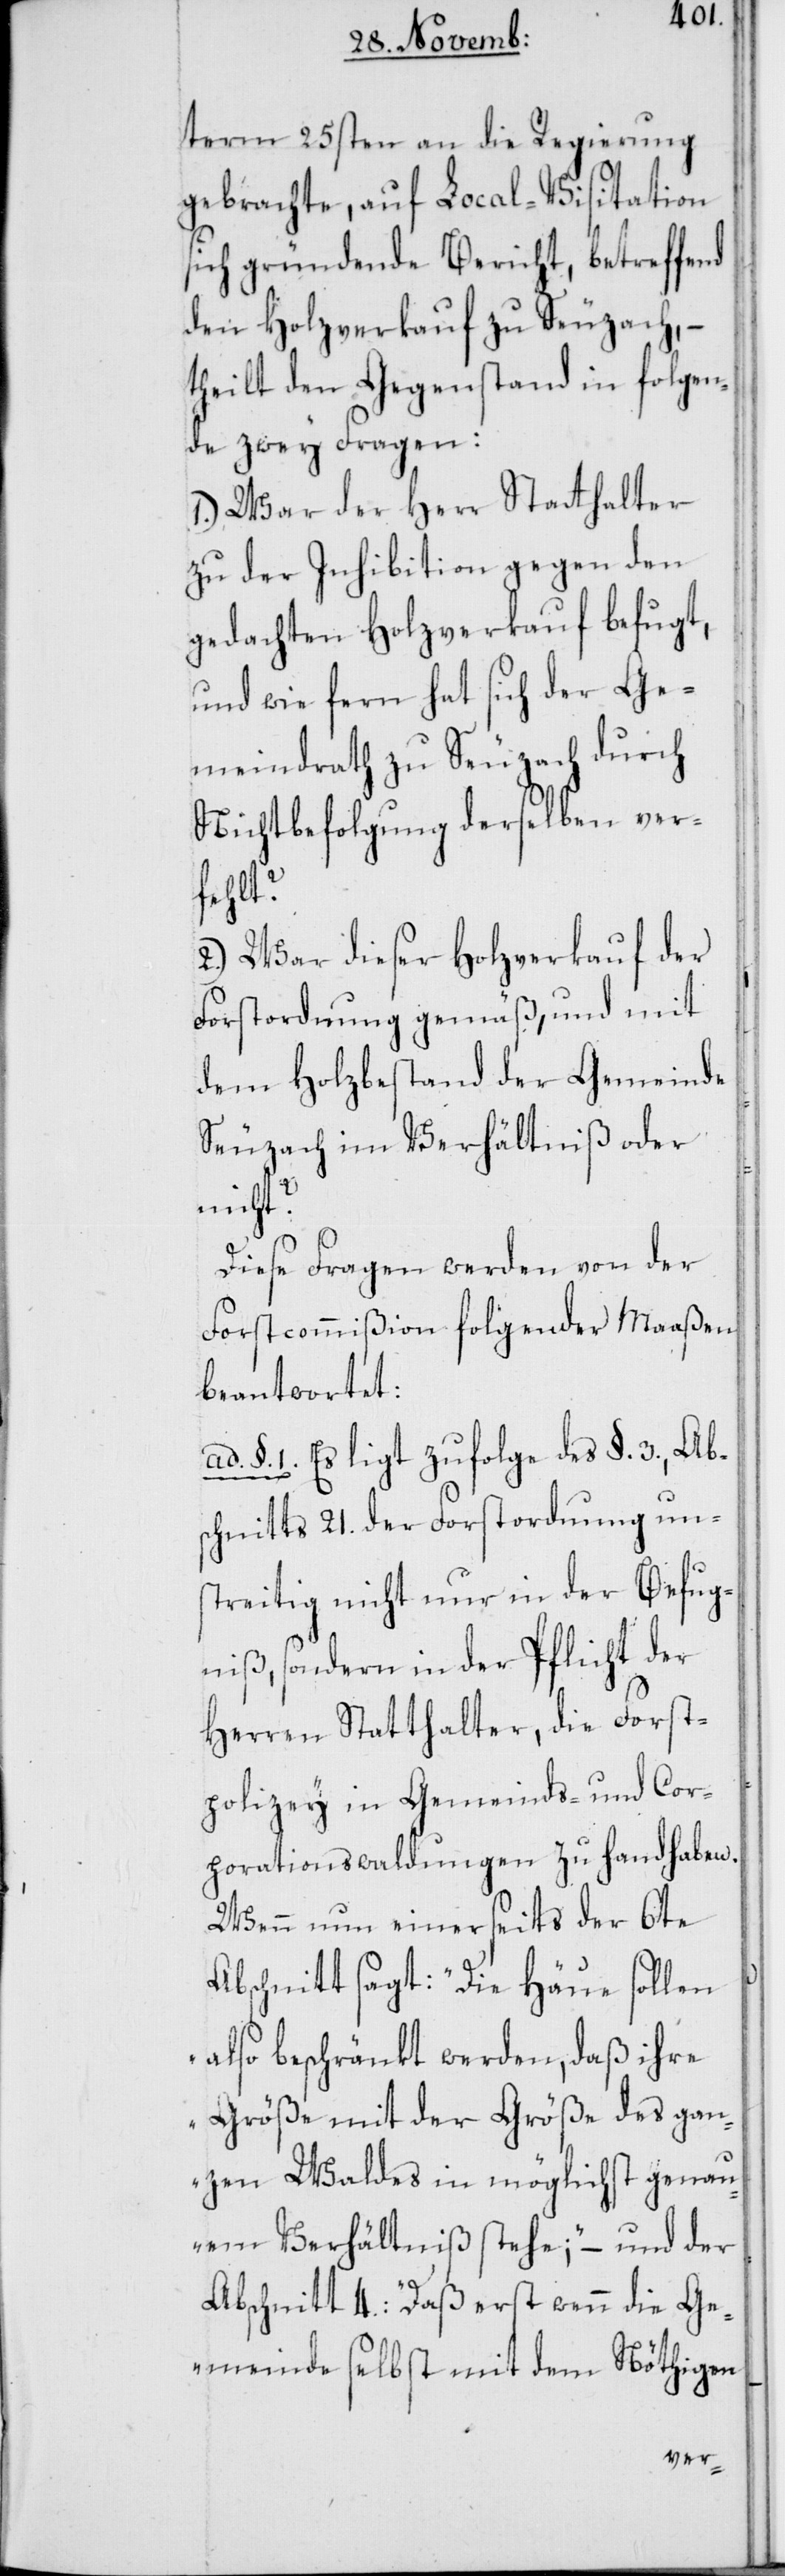
term 25sten an die Regierung
gebrachte, auf Local-Visitation
sich gründende Bericht, betreffend
den Holzverkauf zu Seuzach, –
theilt den Gegenstand in folgen¬
de zwey Fragen:
1.) War der Herr Statthalter
zu der Inhibition gegen den
gedachten Holzverkauf befugt,
und wie fern hat sich der Ge¬
meindrath zu Seuzach durch
Nichtbefolgung derselben ver¬
fehlt?
2.) War dieser Holzverkauf der
Forstordnung gemäß, und mit
dem Holzbestand der Gemeinde
Seuzach im Verhältniß oder
nicht?
Diese Fragen werden von der
Forstcommißion folgender Maaßen
beantwortet:
ad. §. 1. Es ligt zufolge des §. 3., Ab¬
schnitt 21. der Forstordnung un¬
streitig nicht nur in der Befug¬
niß, sondern in der Pflicht der
Herren Statthalter, die Forst¬
polizey in Gemeinds- und Cor¬
porationswaldungen zu handhaben.
Wenn nun einerseits der 6te
Abschnitt sagt: „Die Häue sollen
also beschränkt werden, daß ihre
Größe mit der Größe des gan¬
zen Waldes in möglichst genau¬
em Verhältniß stehe;“ – und der
Abschnitt 4.: „Daß erst wenn die Ge¬
meinde selbst mit dem Nöthigen